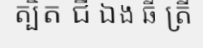
ត្បិត ជី ឯង ឆី ត្រី